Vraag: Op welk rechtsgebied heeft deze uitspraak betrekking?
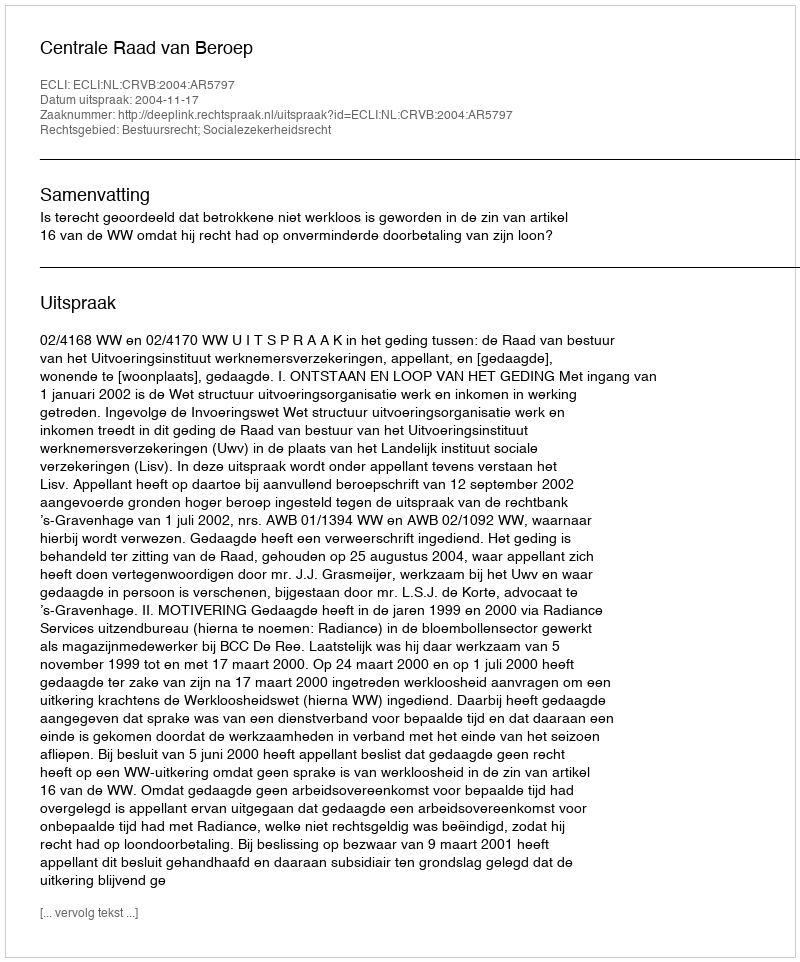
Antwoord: Bestuursrecht; Socialezekerheidsrecht